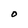
Character: 0